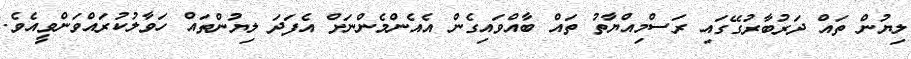
ލިޔުން ތައް ދަރުބާރުގޭގައި ރަސްމިއްޔާތު ތައް ބާއްވައިގެން އެއެންމެންނަށް އެފަދަ ލިޔުންތައް ހަވާލުކުރައްވަންވީއެވެ.